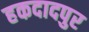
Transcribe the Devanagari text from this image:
हकदादपुर